Civil Veterinary Department Bihar reports 1936-40 - 1936-1940
Year: 1936
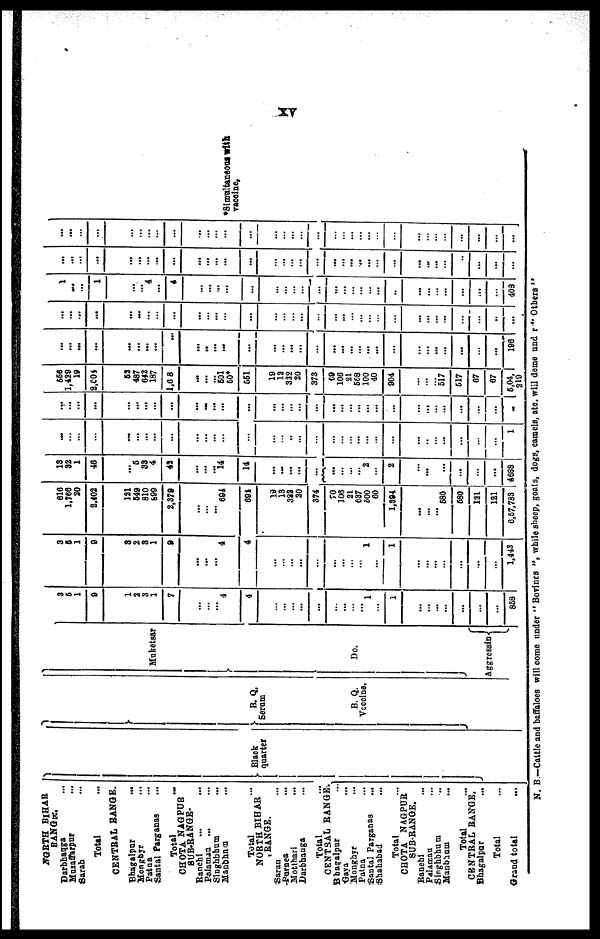
XV
NORTH BIHAR
RANGE.
Darbhauga …
Muzaffarpur …
Sarah …
Total …
CENTRAL RANGE.
Bhagalpur …
Monghyr …
Patna …
Santal Parganas …
Total …
CHOTA NAGPUR
SUB-RANGE-
Ranchi … …
Palamau … …
Singhbhum …
Manbhum …
Total …
NORTH BIHAR
RANGE.
Saran …
Purnea …
Motihari …
Darbhanga …
Total …
CENTRAL RANGE.
Bhagalpur …
Gaya …
Monghyr …
Patna …
Santal Parganas
...
Shahabad …
Total …
CHOTA NAGPUR
SUB-RANGE.
Ranchi …
Palamau …
Singhbhum …
Manbhum …
Total …
CENTRAL RANGE.
Bhagalpur
...
Total …
Grand total …
Black quarter B.Q.Serum
B. Q.
Vaccine.
Muketsar
Do.
Aggressin
3
5
1
9
1
2
3
1
7
…
...
...
4
4
…
…
…
...
...
…
…
… …
1
…
1
...
...
...
...
...
…
...
858
3
5
1
9
3
2
3
1
9
...
...
...
4
4
...
…
…
...
...
…
…
… …
1
…
1
...
...
…
... ...
...
…
1,443
616
1,766
20
2.402
121
649
810
899
2,379
...
...
...
694
691
19
13
332
20
374
106
21
637
500
60
1,394
...
...
...
580
580
121
121
6,57,783
18
32
1
46
…
5
33
4
42
...
...
...
14
14
…
…
…
...
...
…
…
… 2
…
…
2
...
...
...
...
...
...
...
4688
...
...
...
...
…
…
… ...
...
...
...
...
...
...
…
…
…
…
…
…
…
… …
…
…
…
...
..
...
...
…
...
…
1
...
...
...
...
...
...
…
…
… ...
...
...
...
...
...
...
…
…
…
…
…
…
…
…
…
…
… ...
...
...
…
…
...
...
...
...
656
1,429
19
2,004
62
487
642
187
1,608
...
...
601
60*
661
19
12
322
20
373
69
106
21
568
100
40
904
...
...
517
517
07
67
5,04,
219
...
...
...
...
…
…
…
...
...
...
..
...
...
...
...
…
…
… …
…
…
…
…
…
…
…
...
...
…
...
...
…
...
196
… ...
...
...
…
…
…
…
...
...
...
...
...
...
…
…
…
…
…
…
…
…
… …
...
...
...
…
…
…
..
...
1
...
...
1
…
…
4 …
4
...
...
...
...
...
…
…
…
...
…
…
…
…
…
…
…
...
...
...
…
...
...
…
403
...
...
...
...
…
…
…
...
...
...
...
...
...
...
...
…
…
...
...
…
…
…
…
…
… ...
...
...
...
… ..
...
...
...
...
...
...
...
…
…
...
…
…
...
...
...
...
…
…
…
… …
…
…
… …
…
… …
...
...
…
… ...
...
…
...
*Simultancous with
vaccine,
N. B.—Cattle and baffaloes will come under "Bovines", while sheep, goats, dogs, camels, atc. will deme und r " Others "